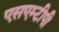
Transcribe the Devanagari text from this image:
एसएम्टीपी